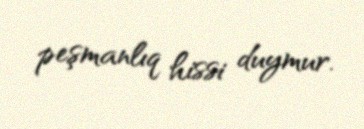
peşmanlıq hissi duymur.